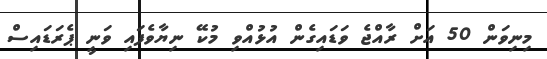
މިނިވަން 50 އަށް ރާއްޖެ ވަޑައިގެން އުޅުއްވި މުކޭ ނިޔާވެފައި ވަނީ ޕެރަޑައިސް